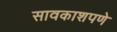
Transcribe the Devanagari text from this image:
सावकाशपणे